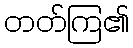
တတ်ကြ၏